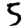
Digit: 5